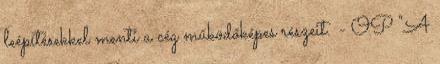
leépítésekkel menti a cég működőképes részeit. - OP "A